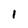
Character: I